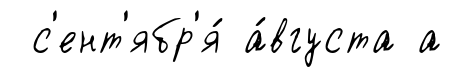
с'ент'ябр'я́ а́вгуста а